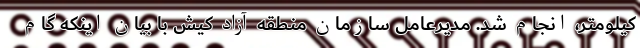
کیلومتر، انجام شد. مدیرعامل سازمان منطقه آزاد کیش با بیان اینکه گام